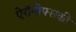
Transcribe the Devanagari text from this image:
ऐरॉनोफ्सकी